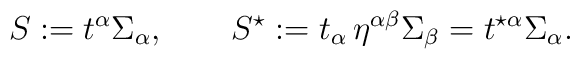
S:= t^{\alpha}\Sigma_{\alpha}, \qquad S^{\star}:=  t_{\alpha}\,\eta^{\alpha\beta}\Sigma_{\beta}=  t^{\star\alpha}\Sigma_{\alpha}.